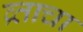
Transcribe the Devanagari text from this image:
व्र्ताचा